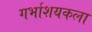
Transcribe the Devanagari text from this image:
गर्भाशयकला